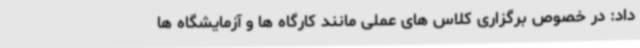
داد: در خصوص برگزاری کلاس های عملی مانند کارگاه ها و آزمایشگاه ها